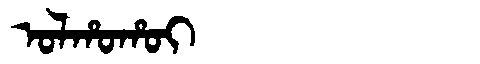
Manchu: ᠣᠯᡥᠣᡥᠣᡳ
Romanization: OLHOHOI